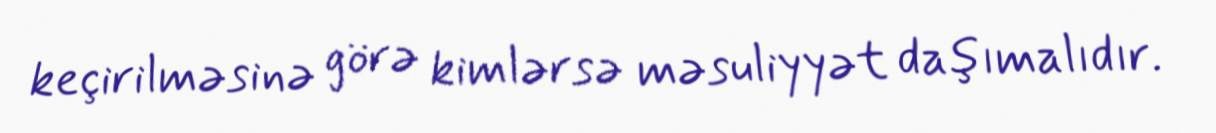
keçirilməsinə görə kimlərsə məsuliyyət daşımalıdır.